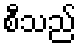
စီသည်